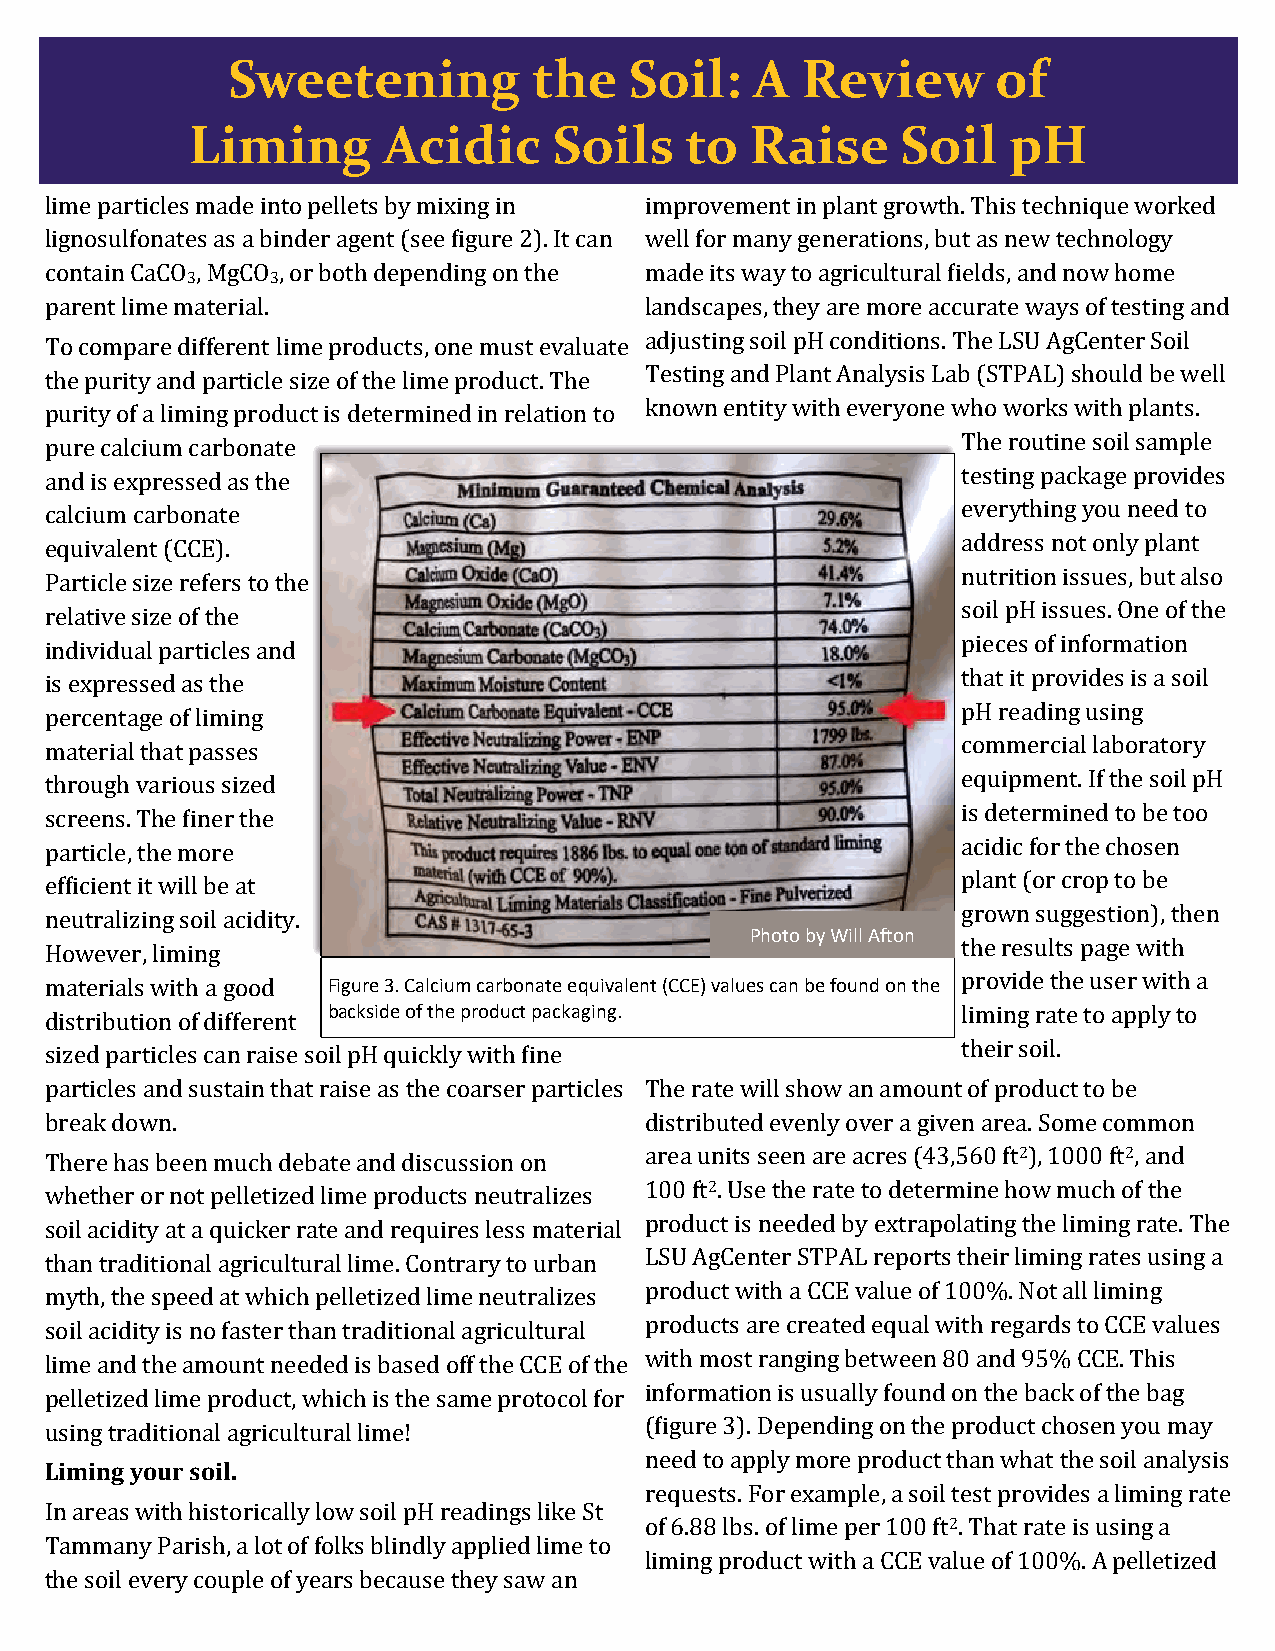
Sweetening          the    Soil:   A  Review       of
 Liming       Acidic      Soils   to   Raise     Soil   pH
 lime particles made into pellets by mixing in improvement in plant growth. This technique worked
 lignosulfonates as a binder agent (see figure 2). It can well for many generations, but as new technology
 contain CaCO , MgCO , or both depending on the made its way to agricultural fields, and now home
 3     3
 parent lime material.                   landscapes, they are more accurate ways of testing and
 To compare different lime products, one must evaluate adjusting soil pH conditions. The LSU AgCenter Soil
 the purity and particle size of the lime product. The Testing and Plant Analysis Lab (STPAL) should be well
 purity of a liming product is determined in relation to known entity with everyone who works with plants.
 pure calcium carbonate                                       The routine soil sample
 and is expressed as the                                      testing package provides
 calcium carbonate                                            everything you need to
 equivalent (CCE).                                            address not only plant
 Particle size refers to the                                  nutrition issues, but also
 relative size of the                                         soil pH issues. One of the
 individual particles and                                     pieces of information
 is expressed as the                                          that it provides is a soil
 percentage of liming                                         pH reading using
 material that passes                                         commercial laboratory
 through various sized                                        equipment. If the soil pH
 screens. The finer the                                       is determined to be too
 particle, the more                                           acidic for the chosen
 efficient it will be at                                      plant (or crop to be
 neutralizing soil acidity.                                   grown suggestion), then
 Photo by Will Afton
 However, liming                                              the results page with
 materials with a good Figure 3. Calcium carbonate equivalent (CCE) values can be found on the provide the user with a
 distribution of different backside of the product packaging. liming rate to apply to
 sized particles can raise soil pH quickly with fine          their soil.
 particles and sustain that raise as the coarser particles The rate will show an amount of product to be
 break down.                             distributed evenly over a given area. Some common
 There has been much debate and discussion on area units seen are acres (43,560 ft2), 1000 ft2, and
 whether or not pelletized lime products neutralizes 100 ft2. Use the rate to determine how much of the
 soil acidity at a quicker rate and requires less material product is needed by extrapolating the liming rate. The
 than traditional agricultural lime. Contrary to urban LSU AgCenter STPAL reports their liming rates using a
 myth, the speed at which pelletized lime neutralizes product with a CCE value of 100%. Not all liming
 soil acidity is no faster than traditional agricultural products are created equal with regards to CCE values
 lime and the amount needed is based off the CCE of the with most ranging between 80 and 95% CCE. This
 pelletized lime product, which is the same protocol for information is usually found on the back of the bag
 using traditional agricultural lime!    (figure 3). Depending on the product chosen you may
 need to apply more product than what the soil analysis
 Liming your soil.
 requests. For example, a soil test provides a liming rate
 In areas with historically low soil pH readings like St
 of 6.88 lbs. of lime per 100 ft2. That rate is using a
 Tammany Parish, a lot of folks blindly applied lime to
 liming product with a CCE value of 100%. A pelletized
 the soil every couple of years because they saw an